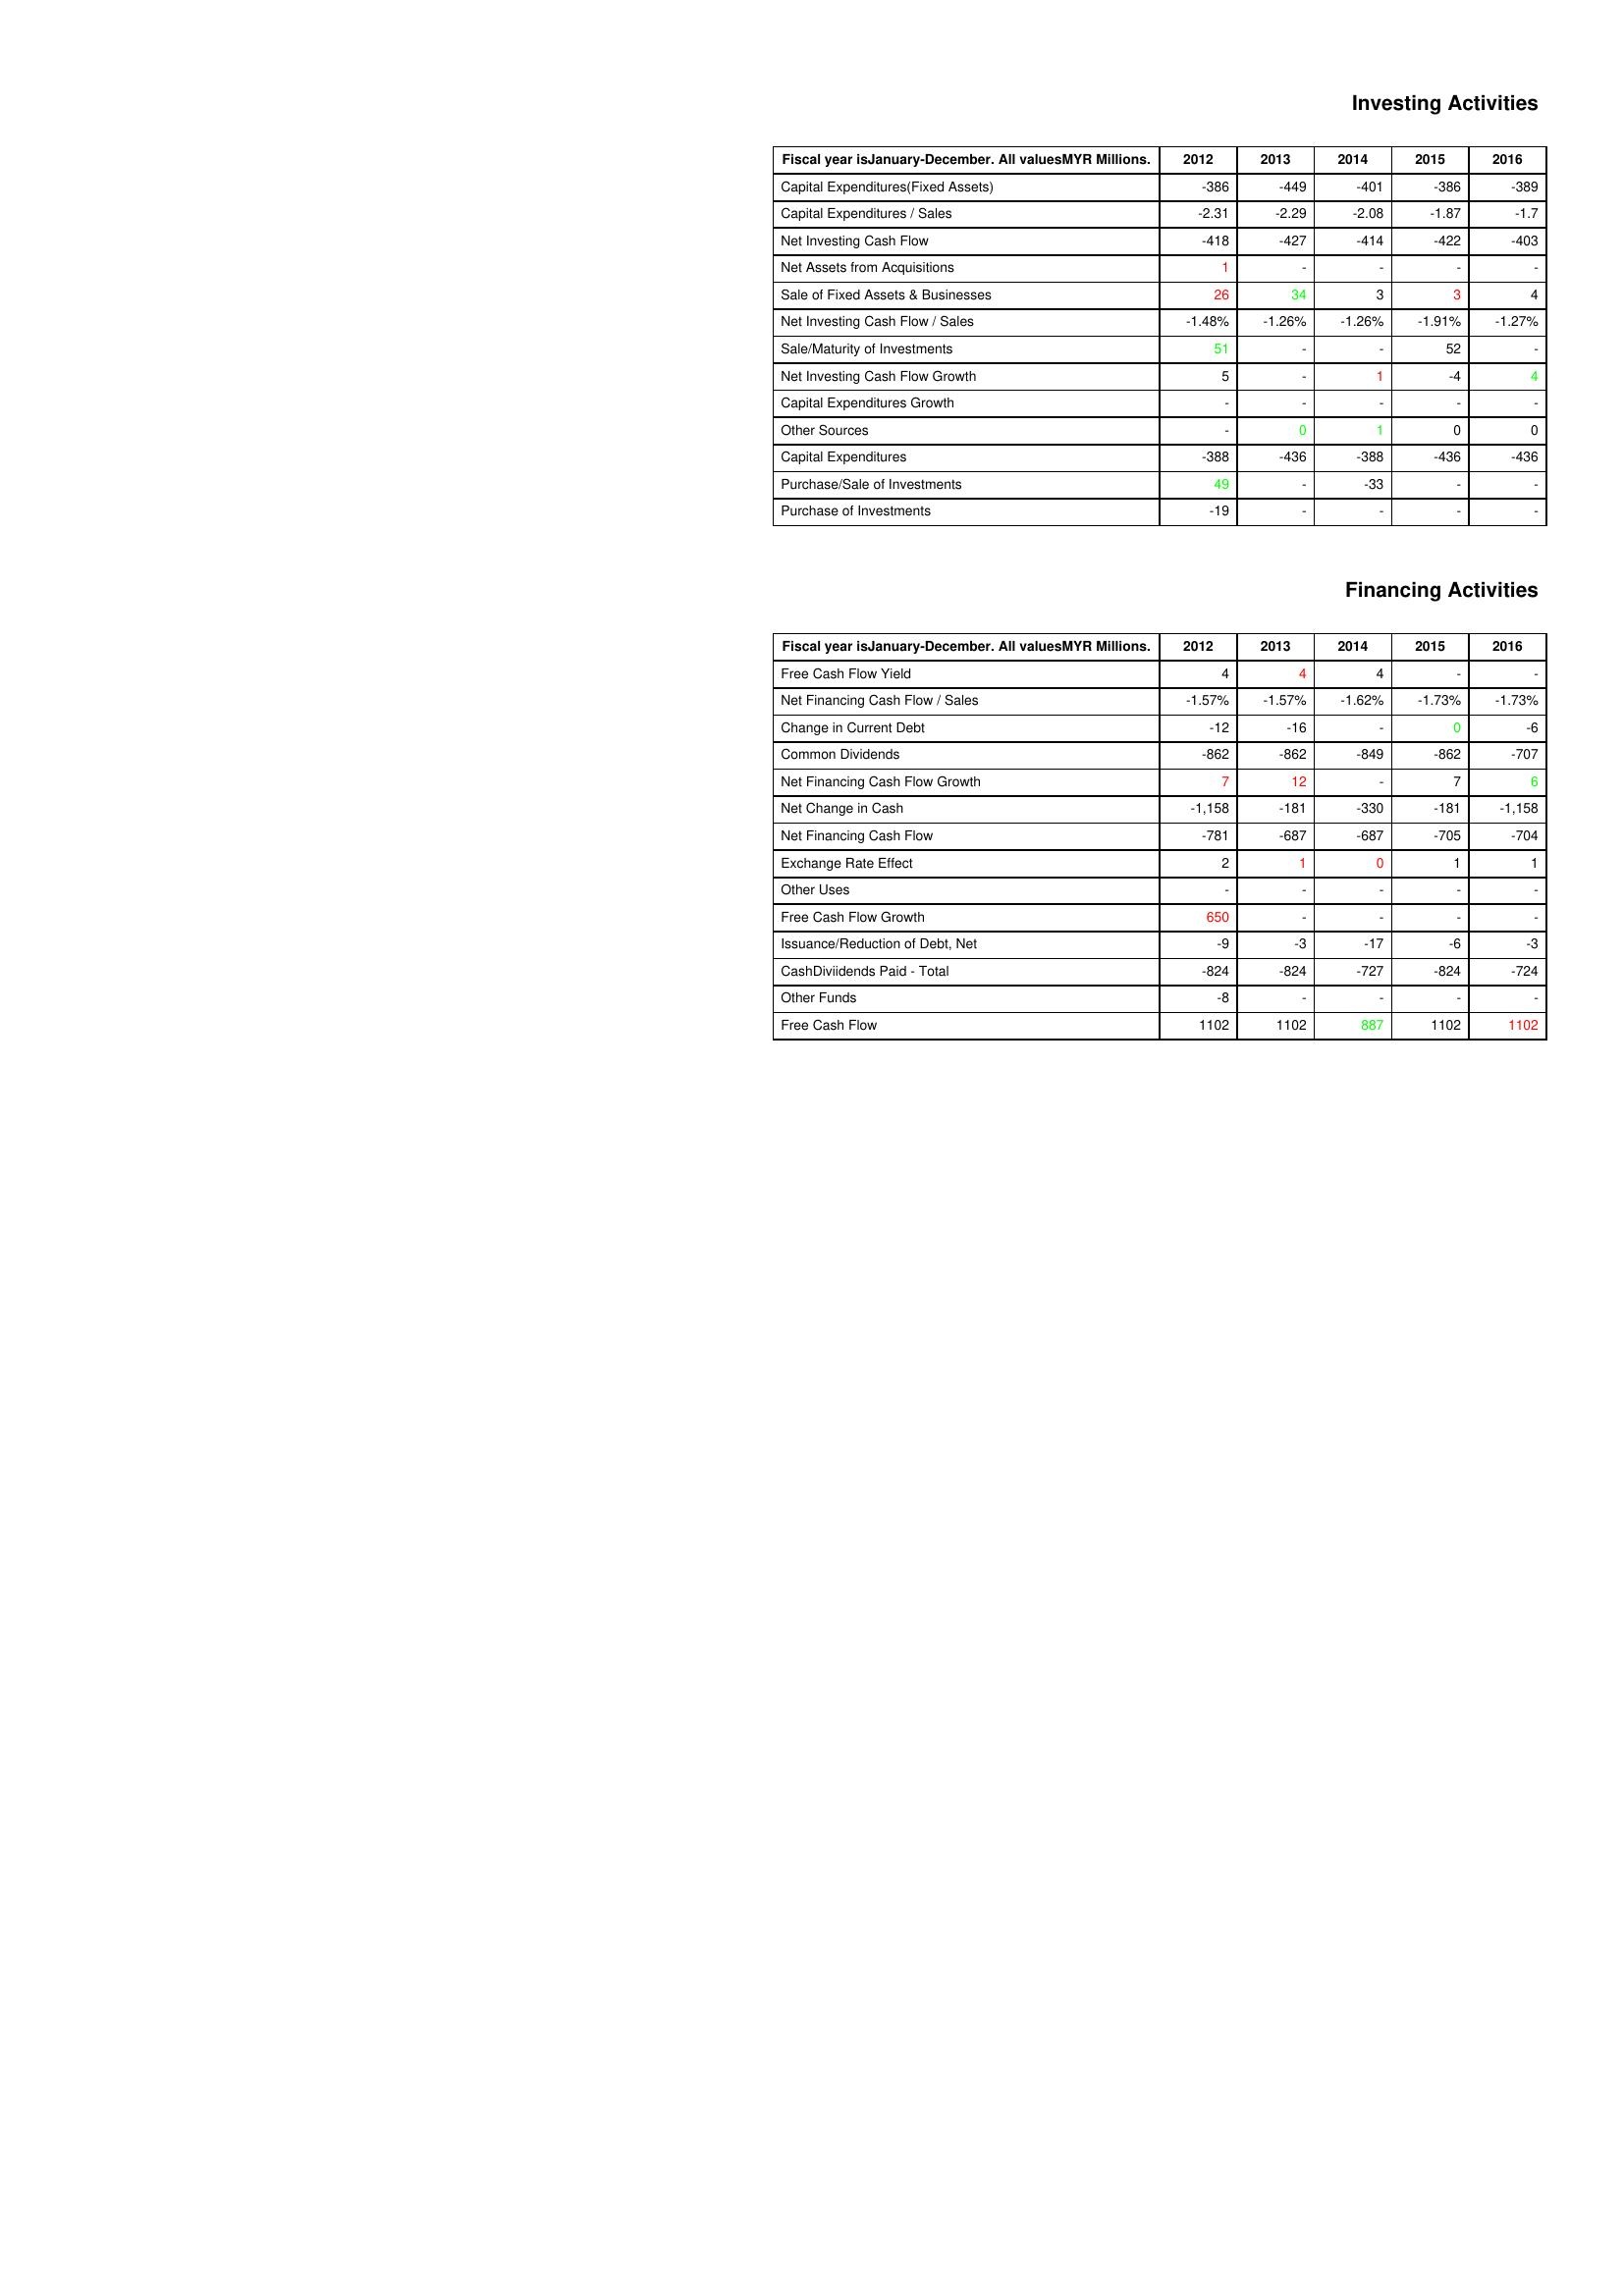
gt_parse: 2012: Investing Activities: Capital Expenditures(Fixed Assets): -386
Capital Expenditures / Sales: -2.31
Net Investing Cash Flow: -418
Net Assets from Acquisitions: 1
Sale of Fixed Assets & Businesses: 26
Net Investing Cash Flow / Sales: -1.48%
Sale/Maturity of Investments: 51
Net Investing Cash Flow Growth: 5
Capital Expenditures Growth: -
Other Sources: -
Capital Expenditures: -388
Purchase/Sale of Investments: 49
Purchase of Investments: -19
Financing Activities: Free Cash Flow Yield: 4
Net Financing Cash Flow / Sales: -1.57%
Change in Current Debt: -12
Common Dividends: -862
Net Financing Cash Flow Growth: 7
Net Change in Cash: -1,158
Net Financing Cash Flow: -781
Exchange Rate Effect: 2
Other Uses: -
Free Cash Flow Growth: 650
Issuance/Reduction of Debt, Net: -9
CashDiviidends Paid - Total: -824
Other Funds: -8
Free Cash Flow: 1102
2013: Investing Activities: Capital Expenditures(Fixed Assets): -449
Capital Expenditures / Sales: -2.29
Net Investing Cash Flow: -427
Net Assets from Acquisitions: -
Sale of Fixed Assets & Businesses: 34
Net Investing Cash Flow / Sales: -1.26%
Sale/Maturity of Investments: -
Net Investing Cash Flow Growth: -
Capital Expenditures Growth: -
Other Sources: 0
Capital Expenditures: -436
Purchase/Sale of Investments: -
Purchase of Investments: -
Financing Activities: Free Cash Flow Yield: 4
Net Financing Cash Flow / Sales: -1.57%
Change in Current Debt: -16
Common Dividends: -862
Net Financing Cash Flow Growth: 12
Net Change in Cash: -181
Net Financing Cash Flow: -687
Exchange Rate Effect: 1
Other Uses: -
Free Cash Flow Growth: -
Issuance/Reduction of Debt, Net: -3
CashDiviidends Paid - Total: -824
Other Funds: -
Free Cash Flow: 1102
2014: Investing Activities: Capital Expenditures(Fixed Assets): -401
Capital Expenditures / Sales: -2.08
Net Investing Cash Flow: -414
Net Assets from Acquisitions: -
Sale of Fixed Assets & Businesses: 3
Net Investing Cash Flow / Sales: -1.26%
Sale/Maturity of Investments: -
Net Investing Cash Flow Growth: 1
Capital Expenditures Growth: -
Other Sources: 1
Capital Expenditures: -388
Purchase/Sale of Investments: -33
Purchase of Investments: -
Financing Activities: Free Cash Flow Yield: 4
Net Financing Cash Flow / Sales: -1.62%
Change in Current Debt: -
Common Dividends: -849
Net Financing Cash Flow Growth: -
Net Change in Cash: -330
Net Financing Cash Flow: -687
Exchange Rate Effect: 0
Other Uses: -
Free Cash Flow Growth: -
Issuance/Reduction of Debt, Net: -17
CashDiviidends Paid - Total: -727
Other Funds: -
Free Cash Flow: 887
2015: Investing Activities: Capital Expenditures(Fixed Assets): -386
Capital Expenditures / Sales: -1.87
Net Investing Cash Flow: -422
Net Assets from Acquisitions: -
Sale of Fixed Assets & Businesses: 3
Net Investing Cash Flow / Sales: -1.91%
Sale/Maturity of Investments: 52
Net Investing Cash Flow Growth: -4
Capital Expenditures Growth: -
Other Sources: 0
Capital Expenditures: -436
Purchase/Sale of Investments: -
Purchase of Investments: -
Financing Activities: Free Cash Flow Yield: -
Net Financing Cash Flow / Sales: -1.73%
Change in Current Debt: 0
Common Dividends: -862
Net Financing Cash Flow Growth: 7
Net Change in Cash: -181
Net Financing Cash Flow: -705
Exchange Rate Effect: 1
Other Uses: -
Free Cash Flow Growth: -
Issuance/Reduction of Debt, Net: -6
CashDiviidends Paid - Total: -824
Other Funds: -
Free Cash Flow: 1102
2016: Investing Activities: Capital Expenditures(Fixed Assets): -389
Capital Expenditures / Sales: -1.7
Net Investing Cash Flow: -403
Net Assets from Acquisitions: -
Sale of Fixed Assets & Businesses: 4
Net Investing Cash Flow / Sales: -1.27%
Sale/Maturity of Investments: -
Net Investing Cash Flow Growth: 4
Capital Expenditures Growth: -
Other Sources: 0
Capital Expenditures: -436
Purchase/Sale of Investments: -
Purchase of Investments: -
Financing Activities: Free Cash Flow Yield: -
Net Financing Cash Flow / Sales: -1.73%
Change in Current Debt: -6
Common Dividends: -707
Net Financing Cash Flow Growth: 6
Net Change in Cash: -1,158
Net Financing Cash Flow: -704
Exchange Rate Effect: 1
Other Uses: -
Free Cash Flow Growth: -
Issuance/Reduction of Debt, Net: -3
CashDiviidends Paid - Total: -724
Other Funds: -
Free Cash Flow: 1102